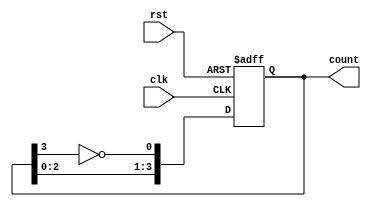
module johnson_counter (
    input wire clk,
    input wire rst,
    output reg [3:0] count
);

always @ (posedge clk or posedge rst) begin
    if (rst) begin
        count <= 4'b0001;
    end else begin
        count <= {count[2:0], ~count[3]};
    end
end

endmodule